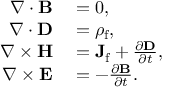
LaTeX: \begin{array} { r l } { \nabla \cdot \mathbf { B } } & { { } = 0 , } \\ { \nabla \cdot \mathbf { D } } & { { } = \rho _ { \mathrm { f } } , } \\ { \nabla \times \mathbf { H } } & { { } = \mathbf { J } _ { \mathrm { f } } + { \frac { \partial \mathbf { D } } { \partial t } } , } \\ { \nabla \times \mathbf { E } } & { { } = - { \frac { \partial \mathbf { B } } { \partial t } } . } \end{array}